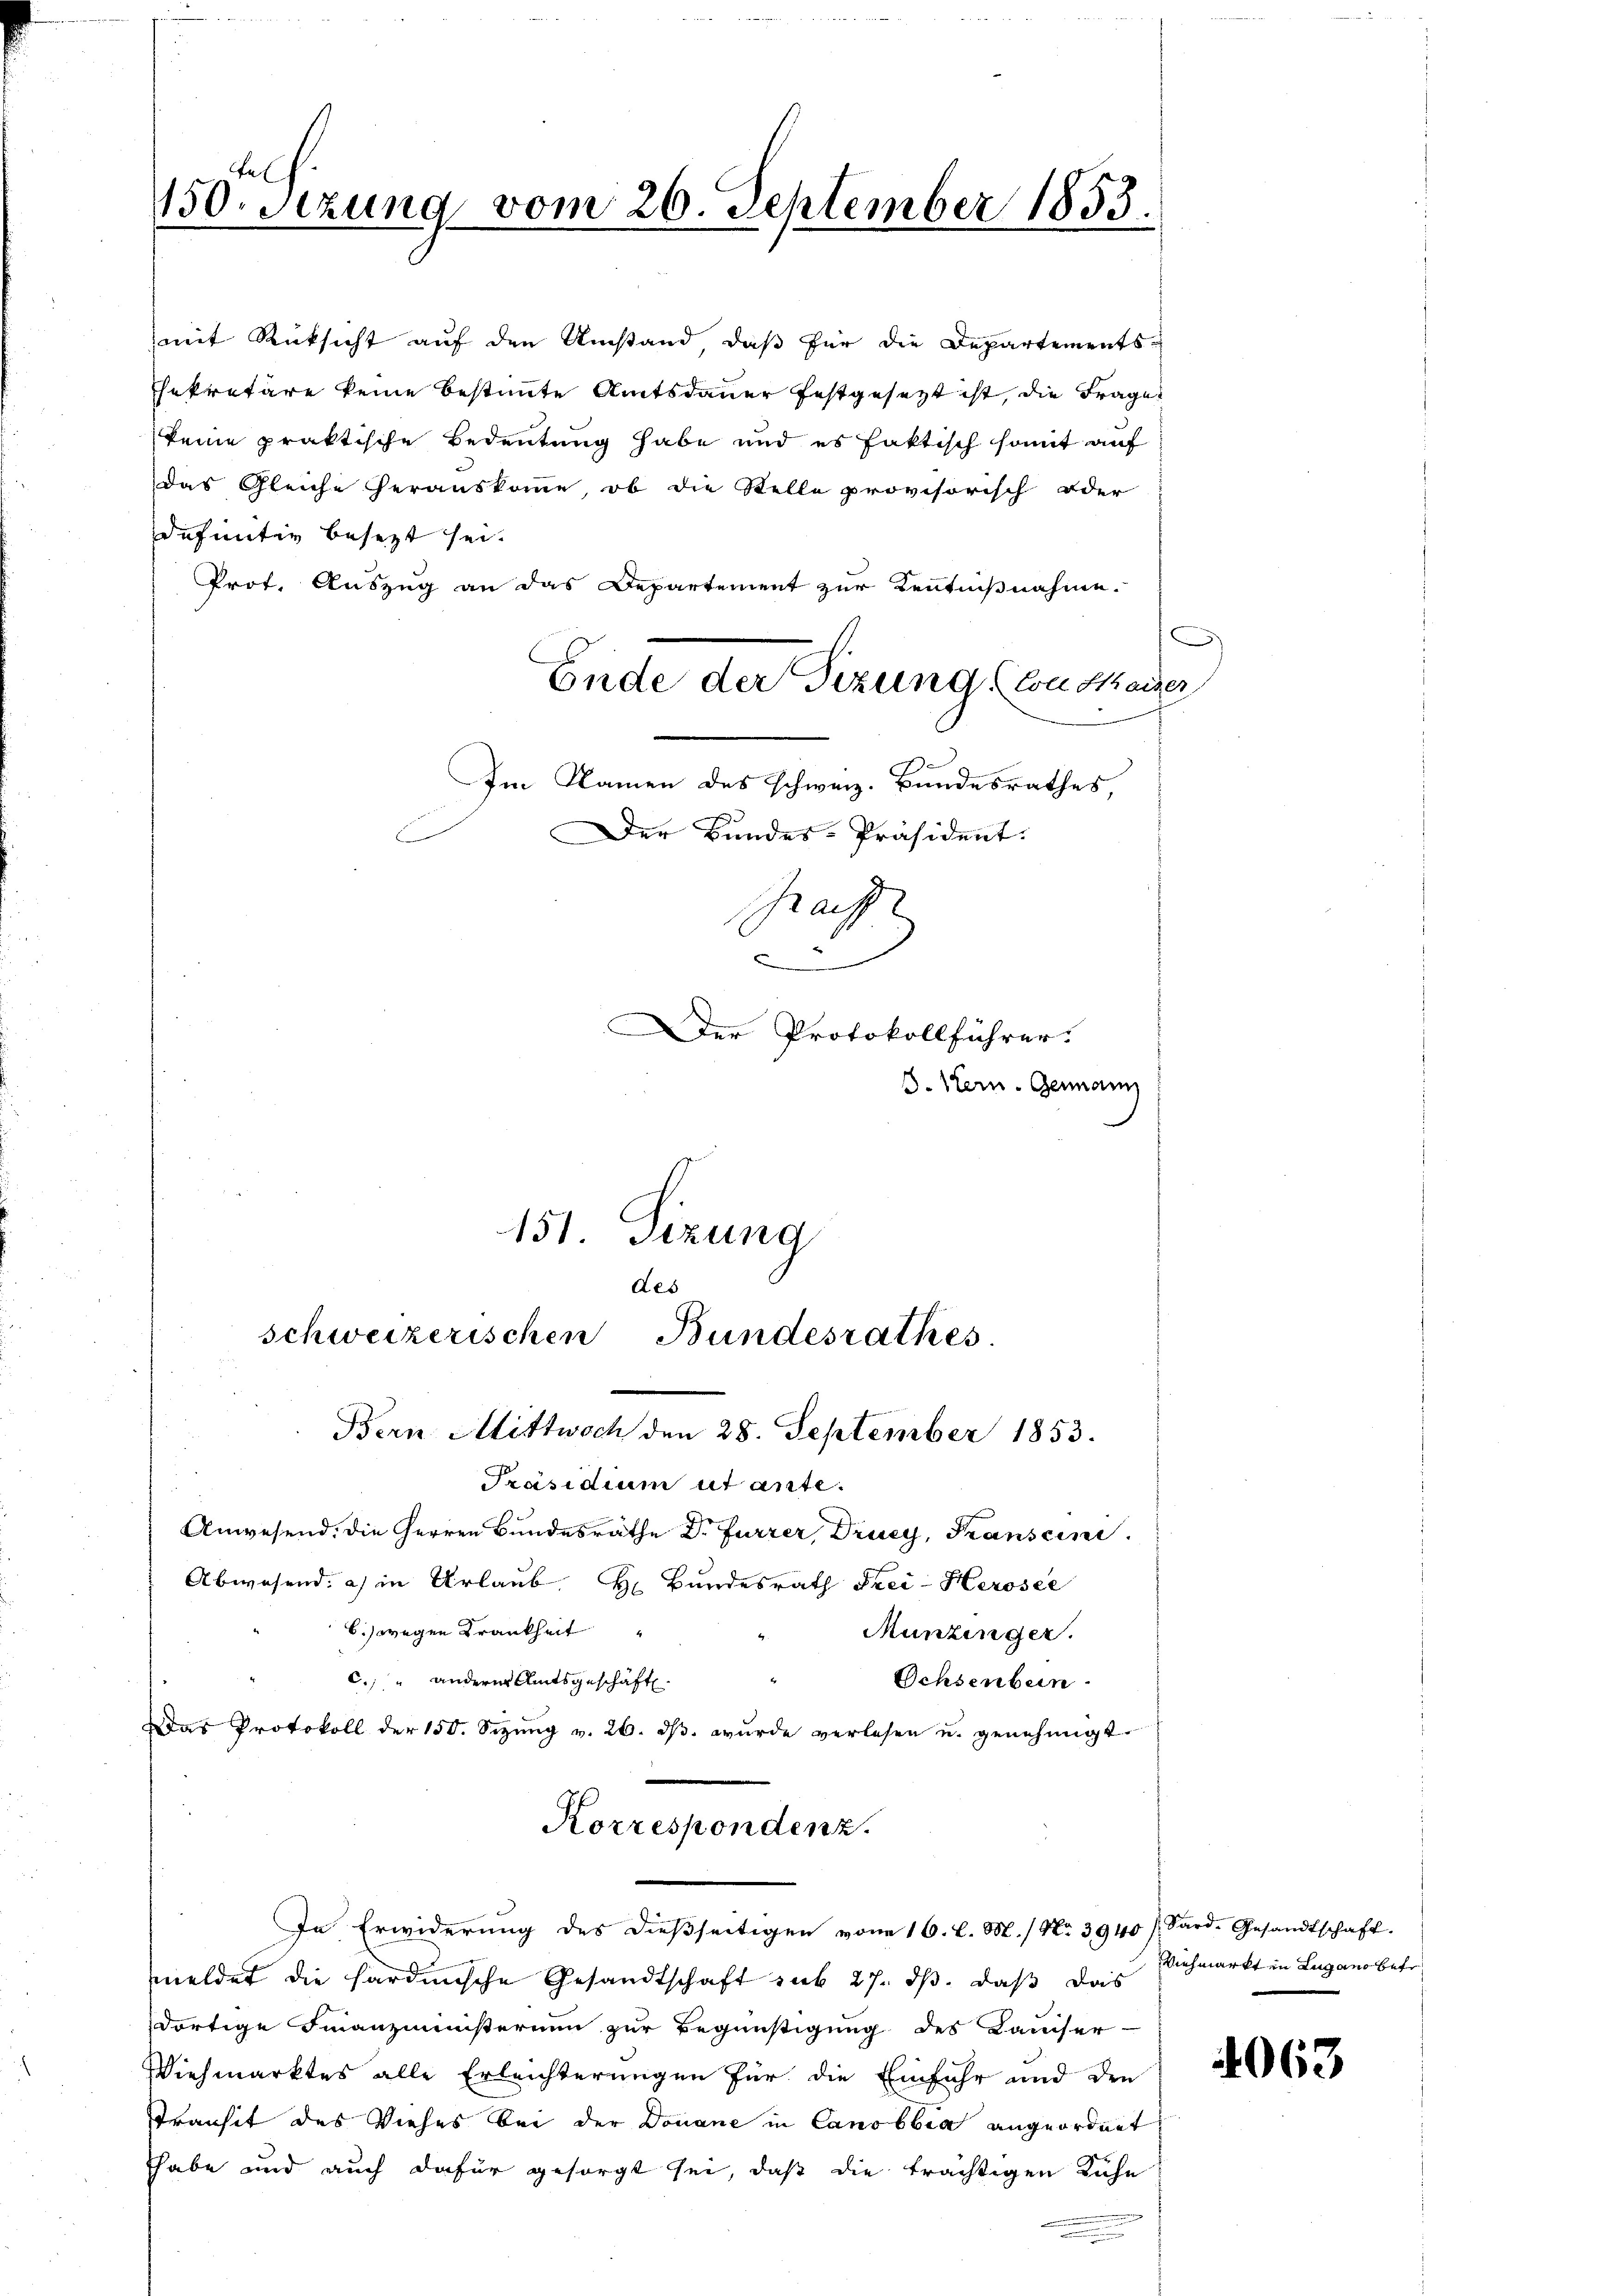
150. Sitzung vom 26. September 1853.

mit Rücksicht auf den Umstand, daß für die Departementsekretäre keine bestimmte Amtsdauer festgesetzt ist, die Frages
keine praktische Bedeutung habe und es faktisch somit auf
das Gleiche herauskomme, ob die Stelle provisorisch oder
definitiv besezt sei.
Prot. Auszug an das Departement zur Kenntnißnahme.
Ende der Sizung Condkaiser
Im Namen des schweiz. Bundesrathes,
Der Bundes-Präsident.

151. Sizung
des
schweizerischen Bundesrathes.
Bern Mittwoch den 28. September 1853.

Präsidium ut ante.
Anwesend, die Herren Bundesrathe Dr. Furrer, Drusy, Franscini
Abwesend: a) in Urlaub. H. Bundesrath Frei-Herosee
6.) wegen Krankheit
Munzinger.
Ochsenbein
C.) " anderes Amtsgeschäft
Das Protokoll der 150. Sezŭng v. 26. dβ. wurde verlesen u. genehmigt.
Korrespondenz.
In Erwiderung des dießseitigen vom 16. l. M. / No 3940 / Sard-Gesandtschaft.
meldet die hardische Gesandtschaft sub 27. ds, daß das Viehmarkt in Lugano betr
dortige Finanzministerium zur Begünstigung des Kaiser-
Viehmarktes alle Erleichterungen für die Einfuhr und den
Transit des Viehes bei der Douane in Canobbia angeordnet
Thabe und auch dafür gesorgt sei, daß die trächtigen Kuhn

Graff
c
Der Protokollführer.
. Hern. Genann

4063